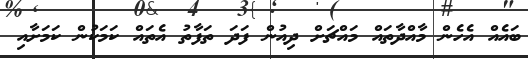
ބައެއް އެހެން މާއްދާތައް މައްޗަށް ދިއުން ފަދަ ތަފާތު އެތައް ކަމަކުން ކަމަށާއި